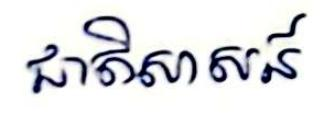
ជាតិសាសន៍